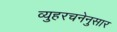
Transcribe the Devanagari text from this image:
व्युहरचनेनुसार